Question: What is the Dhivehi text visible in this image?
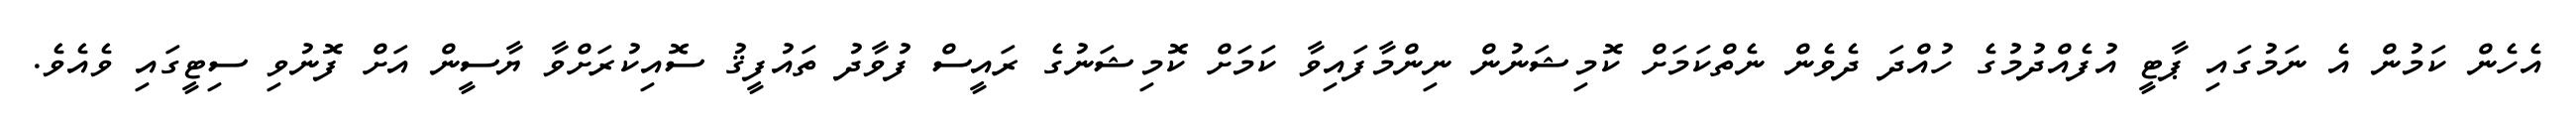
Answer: އެހެން ކަމުން އެ ނަމުގައި ޕާޓީ އުފެއްދުމުގެ ހުއްދަ ދެވެން ނެތްކަމަށް ކޮމިޝަނުން ނިންމާފައިވާ ކަމަށް ކޮމިޝަނުގެ ރައީސް ފުވާދު ތައުފީޤު ސޮއިކުރަށްވާ ޔާސީން އަށް ފޮނުވި ސިޓީގައި ވެއެވެ.